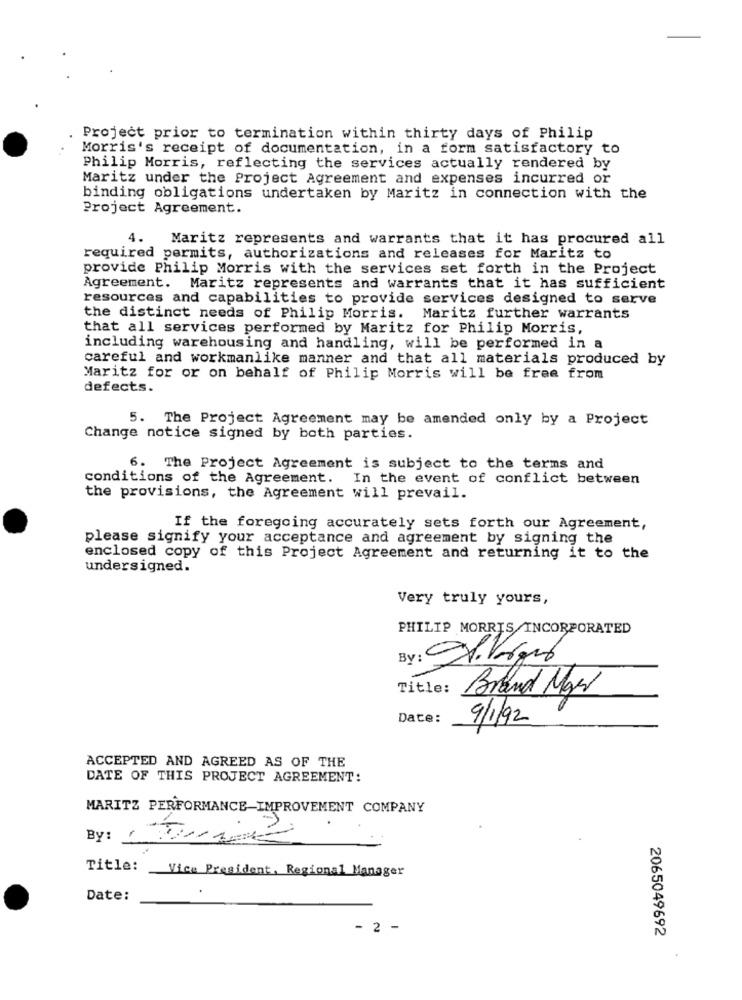
Project prior to termination within thirty days of Philip
Morris's receipt of documentation, in a form satisfactory to
Philip Morris, reflecting the services actually rendered by
Maritz under the Project Agreement and expenses incurred or
binding obligations undertaken by Maritz in connection with the
Project Agreement.
4.
Maritz represents and warrants that it has procured all
required permits, authorizations and releases for Maritz to
provide Philip Morris with the services set forth in the Project
Agreement. Maritz represents and warrants that it has sufficient
resources and capabilities to provide services designed to serve
the distinct needs of Philip Morris. Maritz further warrants
that all services performed by Maritz for Philip Morris,
including warehousing and handling, will be performed in a
careful and workmanlike manner and that all materials produced by
Maritz for or on behalf of Philip Morris will be free from
defects.
5. The Project Agreement may be amended only by a Project
Change notice signed by both parties.
6. The Project Agreement is subject to the terms and
conditions of the Agreement. In the event of conflict between
the provisions, the Agreement will prevail.
If the foregoing accurately sets forth our Agreement,
please signify your acceptance and agreement by signing the
enclosed copy of this Project Agreement and returning it to the
undersigned.
Very truly yours,
PHILIP MORRIS INCORPORATED
By: 21.Km6
Title: Brand Mas
Date:
9/1/92
ACCEPTED AND AGREED AS OF THE
DATE OF THIS PROJECT AGREEMENT:
MARITZ PERFORMANCE IMPROVEMENT COMPANY
By:
Title: Vice President, Regional Manager
Date:
- 2 -
2065049692